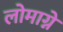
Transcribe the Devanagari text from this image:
लोमाग्ने